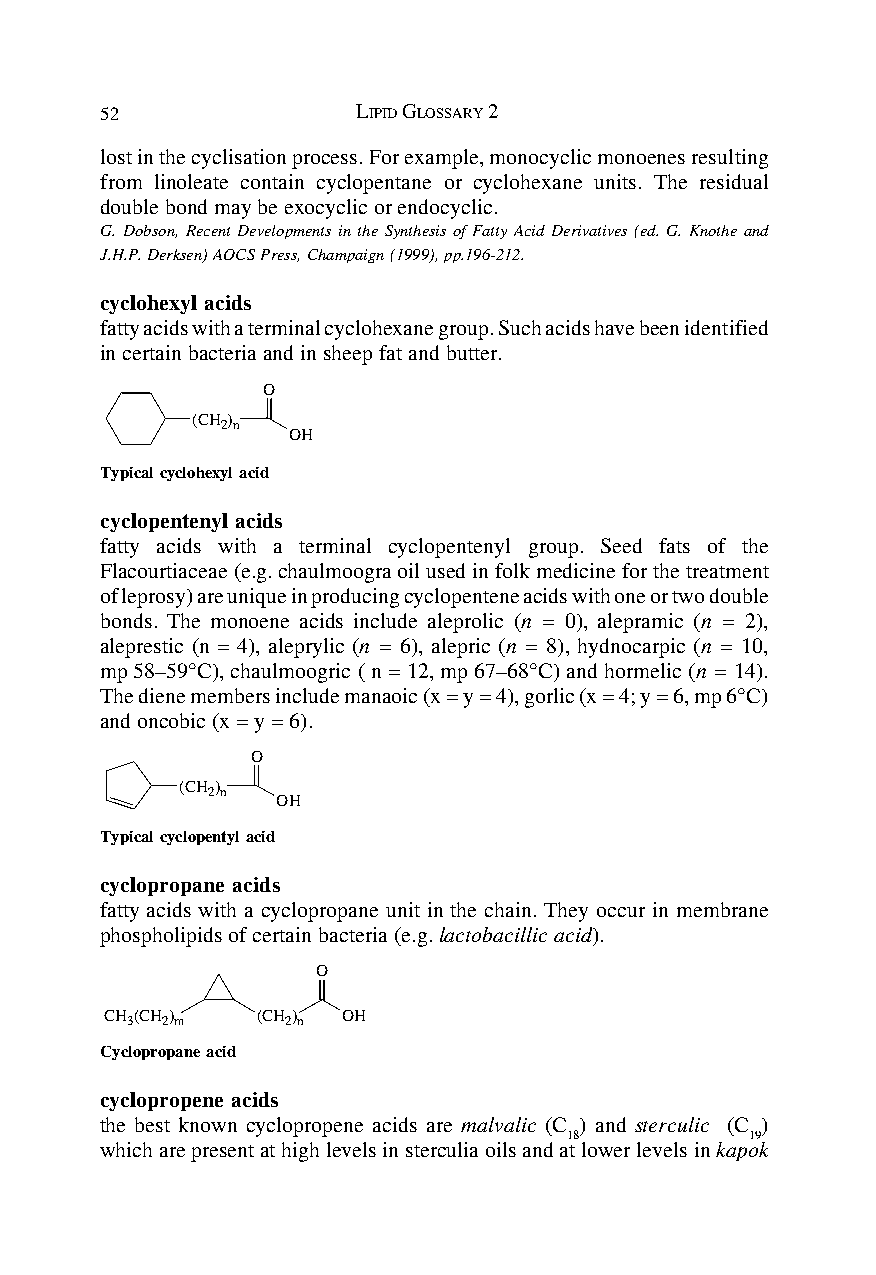
52               LIPID GLOSSARY 2
 lost in the cyclisation process. For example, monocyclic monoenes resulting
 from linoleate contain cyclopentane or cyclohexane units. The residual
 double bond may be exocyclic or endocyclic.
 G. Dobson, Recent Developments in the Synthesis of Fatty Acid Derivatives (ed. G. Knothe and
 J.H.P. Derksen) AOCS Press, Champaign (1999), pp.196-212.
 cyclohexyl acids
 fatty acids with a terminal cyclohexane group. Such acids have been identified
 in certain bacteria and in sheep fat and butter.
 O
 (CH)
 2n
 OH
 Typical cyclohexyl acid
 cyclopentenyl acids
 fatty acids with a terminal cyclopentenyl group. Seed fats of the
 Flacourtiaceae (e.g. chaulmoogra oil used in folk medicine for the treatment
 of leprosy) are unique in producing cyclopentene acids with one or two double
 bonds. The monoene acids include aleprolic (n = 0), alepramic (n = 2),
 aleprestic (n = 4), aleprylic (n = 6), alepric (n = 8), hydnocarpic (n = 10,
 mp 58–59°C), chaulmoogric ( n = 12, mp 67–68°C) and hormelic (n = 14).
 The diene members include manaoic (x = y = 4), gorlic (x = 4; y = 6, mp 6°C)
 and oncobic (x = y = 6).
 O
 (CH )
 2n
 OH
 Typical cyclopentyl acid
 cyclopropane acids
 fatty acids with a cyclopropane unit in the chain. They occur in membrane
 phospholipids of certain bacteria (e.g. lactobacillic acid).
 O
 CH 3(CH 2) m (CH 2) n OH
 Cyclopropane acid
 cyclopropene acids
 the best known cyclopropene acids are malvalic (C ) and sterculic (C )
 18           19
 which are present at high levels in sterculia oils and at lower levels in kapok